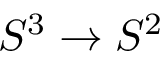
S ^ { 3 } \to S ^ { 2 }